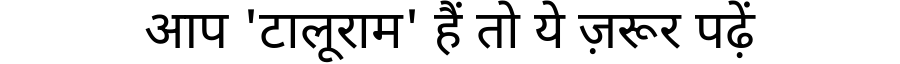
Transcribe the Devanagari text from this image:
आप 'टालूराम' हैं तो ये ज़रूर पढ़ें